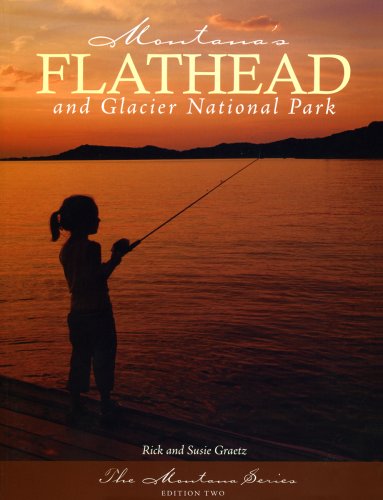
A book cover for Montana's Flathead and Glacier National Park, 2nd Edition; Rick Graetz; Travel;